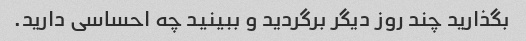
بگذارید چند روز دیگر برگردید و ببینید چه احساسی دارید.